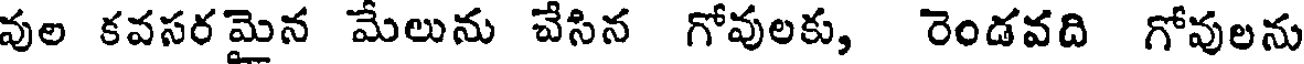
వుల కవసర మైన మేలును చేసిన గోవులకు, రెండవది గోవులను